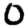
Digit: 0